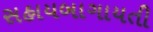
સહાયબાગાયતી